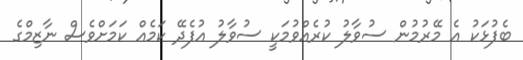
ބެފުޅަކު އެ މޭރުމުން ސުވާލު ކުރެއްވުމަކީ ސުވާލު އުފެދޭ ކަމެއް ކަމަށްވެސް ނާޒިމްގެ